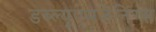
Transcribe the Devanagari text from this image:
डब्ल्यूएमजेंनिंग्स